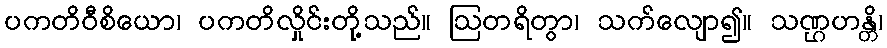
ပကတိဝီစိယော၊ ပကတိလှိုင်းတို့သည်။ ဩတရိတွာ၊ သက်လျော၍။ သဏ္ဌဟန္တိ၊